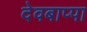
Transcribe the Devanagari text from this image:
देवबाप्पा